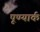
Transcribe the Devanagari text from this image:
पूण्यार्क